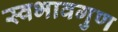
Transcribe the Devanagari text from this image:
स्वभावगुण